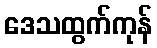
ဒေသထွက်ကုန်